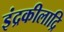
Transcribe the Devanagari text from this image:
इंद्रकीलाद्रि